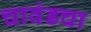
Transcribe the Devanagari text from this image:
चावंडचा